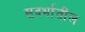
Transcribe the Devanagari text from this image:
सदर्भातील